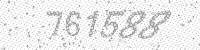
Solution: 761588